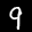
Label: 9